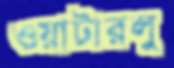
ওয়াটারলু